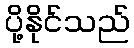
ပို့နိုင်သည်